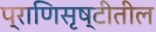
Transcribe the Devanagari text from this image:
प्राणिसृष्टीतील